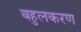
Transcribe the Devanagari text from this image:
बहुलकरण